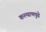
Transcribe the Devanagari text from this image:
कल्याणपुढे